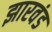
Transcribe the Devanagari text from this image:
झारवंड